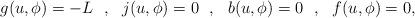
LaTeX: \begin{align*}g(u,\phi)=-L\ \ ,\ \ j(u,\phi)=0\ \ ,\ \ b(u,\phi)=0\ \ ,\ \ f(u,\phi)=0,\end{align*}